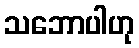
သဘောပါဟု